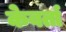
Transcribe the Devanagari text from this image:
केबर्ता